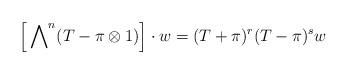
LaTeX: \begin{align*} \Bigl[\sideset{}{^n}\bigwedge (T - \pi \otimes 1)\Bigr] \cdot w = (T+\pi)^r(T-\pi)^s w\end{align*}